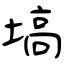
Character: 塙